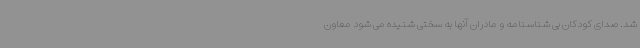
شد. صدای کودکان بی شناسنامه و مادران آنها به سختی شنیده می شود معاون